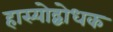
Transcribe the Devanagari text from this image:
हास्योद्बोधक